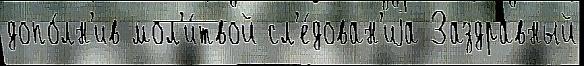
допо́лн'ив мол'и́твой сл'е́дован'иjа Заздравный